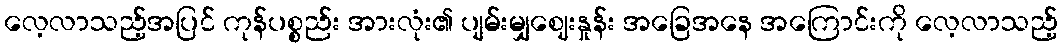
လေ့လာသည့်အပြင် ကုန်ပစ္စည်း အားလုံး၏ ပျမ်းမျှဈေးနှုန်း အခြေအနေ အကြောင်းကို လေ့လာသည့်